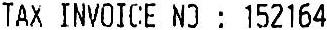
TAX INVOICE NO : 152164